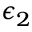
\epsilon _ { 2 }